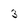
Character: 3